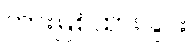
တားမြစ်ထားခြင်း